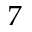
7